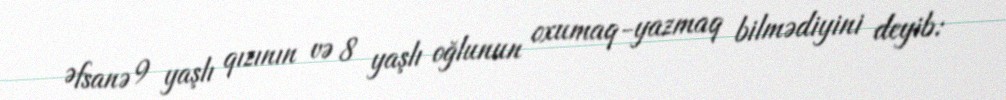
Əfsanə 9 yaşlı qızının və 8 yaşlı oğlunun oxumaq-yazmaq bilmədiyini deyib: